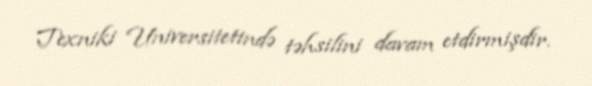
Texniki Universitetində təhsilini davam etdirmişdir.